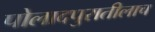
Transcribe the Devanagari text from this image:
पोलादपुरातीलाच